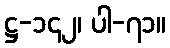
ဋ္ဌ-၁၄၂၊ ပါ-၇၁။